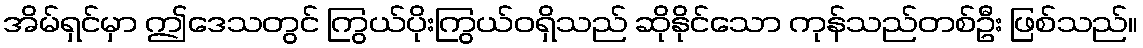
အိမ်ရှင်မှာ ဤဒေသတွင် ကြွယ်ပိုးကြွယ်ဝရှိသည် ဆိုနိုင်သော ကုန်သည်တစ်ဦး ဖြစ်သည်။